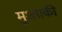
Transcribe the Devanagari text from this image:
मुश्ताकी